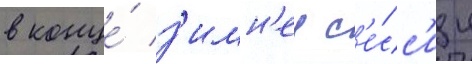
в конце́ з'имн'еи с'е́сс'ии